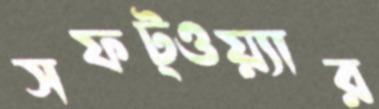
সফট্ওয়্যার